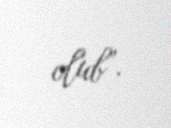
olub”.